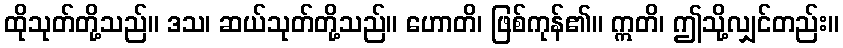
ထိုသုတ်တို့သည်။ ဒသ၊ ဆယ်သုတ်တို့သည်။ ဟောတိ၊ ဖြစ်ကုန်၏။ ဣတိ၊ ဤသို့လျှင်တည်း။